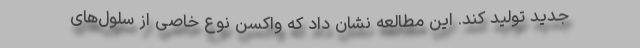
جدید تولید کند. این مطالعه نشان داد که واکسن نوع خاصی از سلول‌های